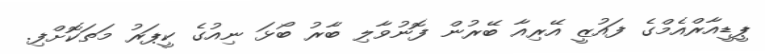
ޕީޑީއާރްއެމްގެ ފައުޒީ އޭރިއާ ބޭރުން ފޮނުވާލި ބާރު ބޯޅަ ނިއުގެ ކީޕަރު މަތަކޮށްފި.